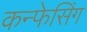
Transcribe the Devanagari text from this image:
कन्फेसिंग